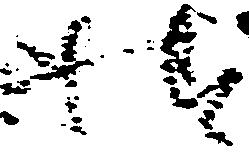
様